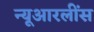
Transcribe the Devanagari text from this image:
न्यूआरलींस